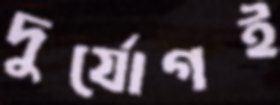
দুর্যোগই